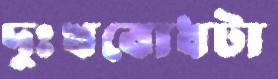
দুঃখবোধটা